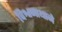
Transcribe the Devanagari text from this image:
विश्वनाथाने